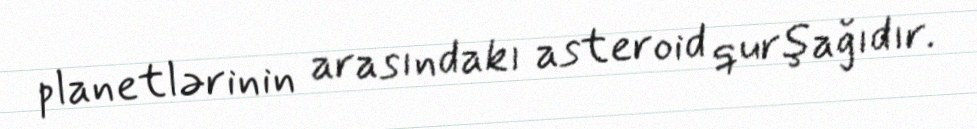
planetlərinin arasındakı asteroid qurşağıdır.